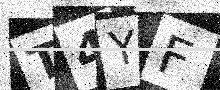
Text: T4YF